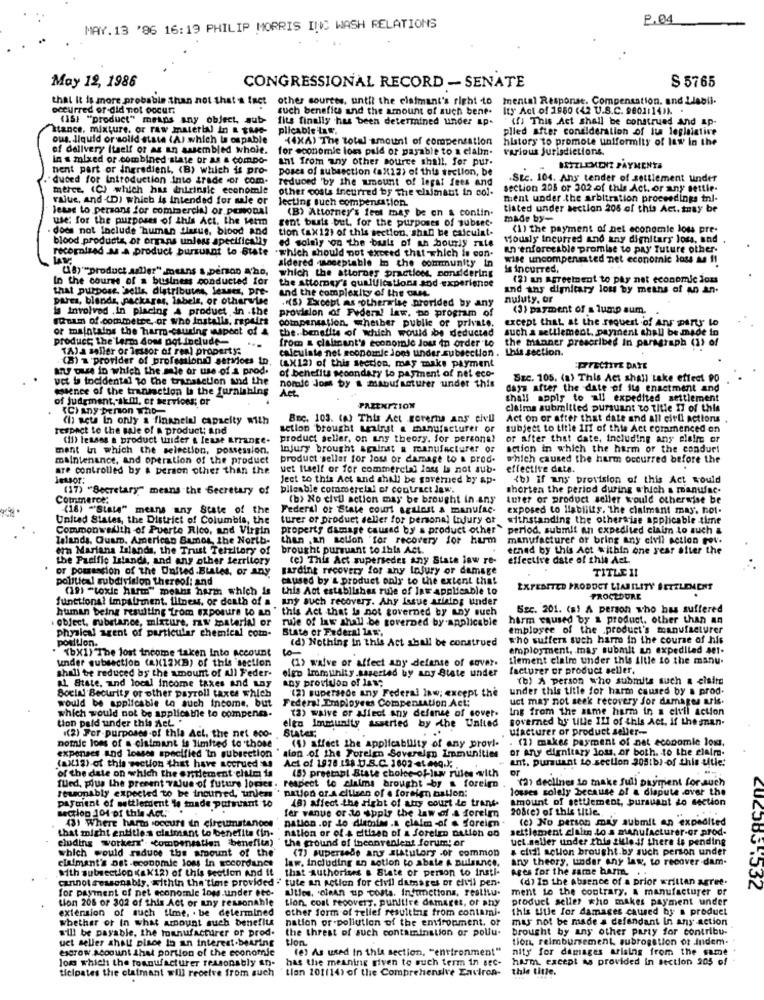
2.04
MAY. 13 '96 16:19 PHILIP MORRIS INC WASH RELATIONS
May 12, 1986
S 5765
CONGRESSIONAL RECORD - SENATE
that it is more probable than not that a fact other sources, until the claimant's right to
mental Response. Compensation. and Llabli.
occurred or-did not Docur;
such benefits and the amount of such bene.
Ity" Act of 1960 (42 U.S.C. 9601:14)1. .
(15) "product" means any object, sub-
fits finally has been determined under ap.
(f) This Act shall be construed And ap-
Itance, mixture, or raw material in & the-
plicable 'Laf',
plied after consideration of tus legislative
ous, liquid or solid state (A) which is ospable
(4XA) The total amount of compensation
history to promote uniformity of law in the
of delivery Itself or as an assembled whole.
for economic loss paid of payable to a claim.
various Jurisdictions.
in a mixed or combined state or as & compo-
ant from any other source shall. for pur-
hent part or ingredient. (B) which is pro-
poses of subsection (ax12) of this section, be
BIZLEMENT PAYMENTS
dubed for Introduction Into irade or com.
reduced 'by the amount of legal fees and
.Stc. 104. Ans tender of settlement under
merce, (C) which has intrinsic economie
other costs incurred by the claimaut in col-
section 205 or 302 .of this Act. or any settie.
rajue, And (D) which is intended for sale or
Jecting such compensation.
ment under the arbitration proceedings tnl-
Jesse to persans for commercial or pesonal
(B) Attorney's feet may be on a contin.
tiated under section 205 of this Act. may be
use: for the purposes of this Act. the tetm
gent busts but, for the purposes of subsec.
made by-
does not Include "human tissue, blood and
tion (ax 12) of this section, shan be calculat-
(1) the payment of net economie loss pre-
blood products, or organs unless specifically
ed solely on the basis of ah hourly rate
tiously Incurred and any dignitary loss, und
recognized as a product burzunot to State
.which should not exceed that which is con-
un enforceable promise to pay future other.
sidered manceptable In the community in
wise uncompensated net economic loss as 11
(B)""product aller" means s, person A'ho,
is incurred,
In the course of a business conducted for
which the attorney practions, considering
(2) an Agreement to pay net economic loss
that purpose, sells, distributes, leuser, pre-
the attorney's qualifications sod experience
and ths dimitary los by means of an an.
pares, blends, packages, labels, or otherwise
and the complexity of the case
.(S) Except as otherwise provided by any
nuluty, or
is involved .In placing A product in .the
provision of Federal law. to program of
(3) payment of a lump sum.
forum of.commetee, or who Installs, repairs
compensation, whether public of private.
except that. at the request of Anr party Lo
or maintains the harm-causing aspect of &
the. benefits of which would be deducted
product; the larm doms pot include-
the manner prescribed In paragraph (1) of
such a settlement, payment shall be made in
lessor of real property:
calculate net soonomie Jons under subsection.
from a claimant's economie Jou in order to
this section.
(A) a seller or lessor
(8) 1 provider of professional services in.
any Due in which the mie or use of a prod.
of benefits secondary to payment of net eco-
(ax12) of this section, may make payment
ITTECHITE DATE
vet b incidental to the transaction and the
nonale Jom by a manufacturer under this
Szc. 105. (a) This Act shall take effect PO
essence of the transaction & the furnishing
Act.
days after the date of its enactment and
of judgment, ikill, or services; or
shall apply to all expedited settlement
(C) Any person who-
PAZENITION
claims submitted pursuant to title Il of this
(I) set In only a financial capacity with
Bnc. 103. (A) This Act governa ans civil
Act on or after that date and all citli actions
respect to the sale of a product; and
action brought mainst a manufacturer or
subject to title 11f of this Act commenced on
(II) lenses a product trider & lease arrange.
product seller, on ans theory. for persona?
or after that date, including any claire or
ment In which the selection, possession.
Injury brought against a manufacturer or
action in which the harm or the condur!
maintenance, and operation of the product
product 'seller for lou or damage to a prod.
which caused the harm occurred before the
are controlled by a person other than the
uet itself or for commercial lou ba not sub-
effective date.
lessor:
Ject to this Act and shall be governed by ap-
<b) If any provision of this Act would
(17) "Secretary" means the Secretary of
bilcable commercial of contract law.
shorten the period during which a manufac.
Commerce:
(b) No civil action may be brought in any
tuter or product seller would otherwise be
(16) "State" means any State of the
Federal or State court agalast a manufac-
exposed to liability, The claimant may, not.
United States, the District of Columbia, the
turer or product seller for personal Injury or
withstanding the otherwise applicable time
Commonwealth of Puerto Rico, and Virgin
property damage caused by s product other
period, submit an expedited claim to such &
Talands, Quam. American Bamos, the North-
than .an selon "for recovery for hum
manufacturer or bring any civil action For.
era Mariana Islands, the Trust Territory of
brought pursuant to this Act.
erned by this Act within one year after the
the Pacific Islands, and any other territory
(e) This Act supersedes any State law re-
effective date of this Act
or possession of the United.Blales, or any
garding recovery for any Injury or damage
TITLE II
political subdivision thereof: and
caused by's product only to the extent that
(19) "toxie harm" means harm which is
this Act establishes rule of Intr applicable to
EXPEDITED PRODUCT LIABILITY SETTLEMENT
functional Impairment. Illness, or death of a any auch recovery. Ahy Issue arising under
PROCEDURE
human being resulting from exposure to an ' this Act that is not governed by any such
Sec. 201. (a) A person who has suffered
object, substance, mixture, raw material or
rule of law shall be governed by applicable
harm caused by a product. other than an
physical agent of particular chemical com-
State or Federal law.
employee of the product's manufacturer
position.
(d) Nothing in this Act shall be construed
who suffer such harmo in the course of his
(bX1) The lost income taken Into Account
10
employment. . mas submit an expedited set-
under subsection (ax(12xB) of this section
(1) waive or affect any defense of sover.
siement claire under this Iltle to the manu.
shall be reduced by the amount of All Feder-
elgo lrmihity saserted by any State under
facturer or product seller.
al State, and local income taxes and Lay
"b) A person who submits such a elsite
Social Becurity or other payroll taxes which
any provision of laws
(2) supersede any Federal law; except the
under this title for harm caused by a prod.
Federal Employees Compensation Act:
uct may not seek recovery for damages aris.
would be applicable to such Income, but
(3) waive or Affect any defense of cover.
Ing from the same harm in a civil action
tion paid under this nel. .
which would not be applicable to compene-
elto Immunity asserted by the United
governed by lille III of this Act. if the man.
Stater:
ufacturer or product seller-
((2) For purposes of this Act, the net eco-
. (2) makes payment of nat economie lou,
nomic lons of a claimant is limited to those
(4) affect the applicability of any provi.
or arty dignitary lous, or both. to the claim.
expenses and losses specified In subsection
sion of the Foreign Sovereign Inmunitie
ant. pursuant to section 205tb)-of this title:
(axlia) of this section that have accrued
Act of 1978 .158 .U.S.C. 1602 et esq.);
(5) preetabl State choice-of-luw rules with
or
of the date on which the entlement chum is
a) declines to make full payment for such
fued, plus the present value of future logics. respect to claims brought -by a foreign
losses solely because of a dispute over the
Ituonably expected to b
eeted to be incurred, unlem
nation of A citizen of a foreign ballon:
Amount of settlement, pursuant to section
Payment of settlement We tnade pormiant 10
section 101 of this Act."
(8) affect the right of the court de trans-
fer vanue or to apply the law of A forelm
208(e) of this title ..
pation .or to diemim .a claim -of . foreign
(c) No person may submit an expedited
that might entitle.s claimant to benefits (in.
431 Where harm socourt in circumstances
nation or of a citizen of a forelen nation on
settlement clalin Lo a manufacturer-or prod-
eluding worker' compensation benefita)
the ground of thconvenient forum; or
uct.seller under this zulo if there is pending
which would reduce the amount of the'
(7) supersede any statutory .of common
& clidi action brought.by such person under
claimant's Det -economic loss in accordance
law, including an action to abate A pulsince.
any theory, under any law, to recover dam-
With subsection Kak12) of this section And it
that Authorises & State of person to insti-
Ages for the same barm. .
cannot sessonably, within the'time provided " tute an Action for civil damages or elvil pen-
(d) In the Absence of a prior written agree.
for payment of net economie lows.under otc-
Utlos, clean up costa. Infections, restitu.
ment to the contrary. a manufacturer of
tion 206 or 302 of this Act or any ressonahle
Lion, cost recovery. punitive damages, or shy
product seller who makes payment under
extension of such time, . be determined
other form of tellef resulting from contami.
this title for damages caused by a product
whether or In what amount such benefits
nation or -pollution of the environment, or
mus not be made a defendant In any action
will be payable, the townufacturer of prod.
the threst of such contamination or pollu-
brought by any other party for contribu-
uct seller shalt place to an interest-bearing
tion.
tion, reimbursement, subrogation or indem-
escrow Account that portion of the economie
(e) As used In this section, "environment"
nity for damages arising from the same
Jons which the toanufacturer reasonably an-
has the meaning given to such term in sec-
harm except As provided in section 205 of
ticipates the claimant will receive from auch
tion 201114) of the Comprehensive Environ-
this title.